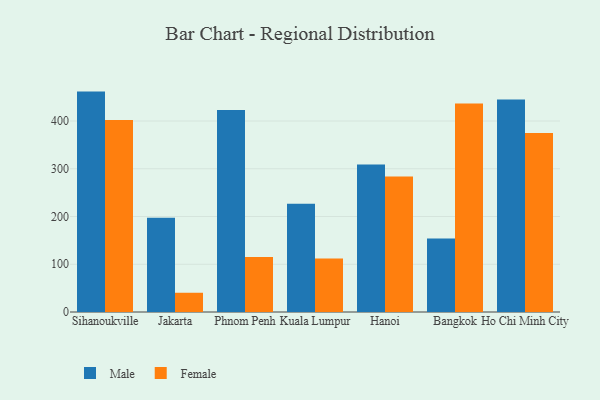
{"axis": {"x": "City", "y": "Bounce Rate (%)"}, "legend": ["Female", "Male"], "data": [{"x": "Sihanoukville", "y": 461.6, "type": "Male"}, {"x": "Sihanoukville", "y": 402.0, "type": "Female"}, {"x": "Jakarta", "y": 197.6, "type": "Male"}, {"x": "Jakarta", "y": 40.3, "type": "Female"}, {"x": "Phnom Penh", "y": 423.3, "type": "Male"}, {"x": "Phnom Penh", "y": 115.2, "type": "Female"}, {"x": "Kuala Lumpur", "y": 226.5, "type": "Male"}, {"x": "Kuala Lumpur", "y": 111.8, "type": "Female"}, {"x": "Hanoi", "y": 308.7, "type": "Male"}, {"x": "Hanoi", "y": 283.6, "type": "Female"}, {"x": "Bangkok", "y": 153.7, "type": "Male"}, {"x": "Bangkok", "y": 436.8, "type": "Female"}, {"x": "Ho Chi Minh City", "y": 445.0, "type": "Male"}, {"x": "Ho Chi Minh City", "y": 375.0, "type": "Female"}]}